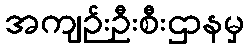
အကျဉ်းဦးစီးဌာနမှ